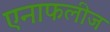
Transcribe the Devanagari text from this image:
एनाफलीज